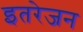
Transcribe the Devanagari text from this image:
इतरेजन